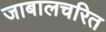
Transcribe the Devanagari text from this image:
जाबालचरित